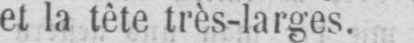
et la tète très-larges.